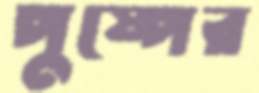
পুষ্পের